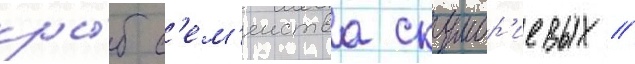
ры́б с'ем'еиства скумбр'иевых //